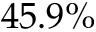
4 5 . 9 \%